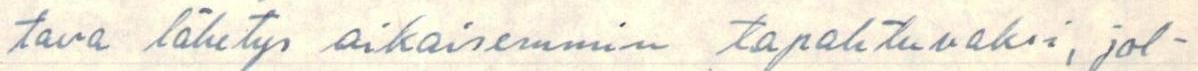
tava lähetys aikaisemmin tapahtuvaksi, jol-